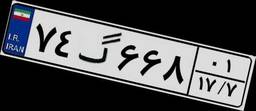
۷۴گ۶۶۸۰۱